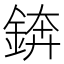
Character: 錛